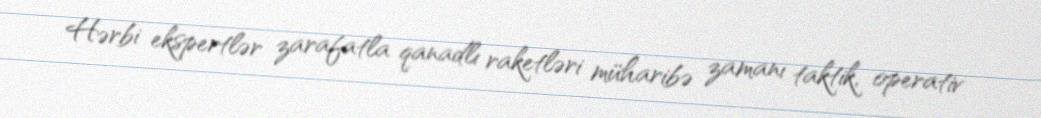
Hərbi ekspertlər zarafatla qanadlı raketləri müharibə zamanı taktik, operativ